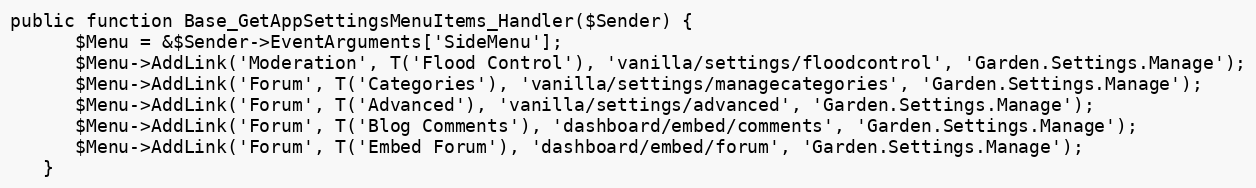
Language: PHP
public function Base_GetAppSettingsMenuItems_Handler($Sender) {
      $Menu = &$Sender->EventArguments['SideMenu'];
      $Menu->AddLink('Moderation', T('Flood Control'), 'vanilla/settings/floodcontrol', 'Garden.Settings.Manage');
      $Menu->AddLink('Forum', T('Categories'), 'vanilla/settings/managecategories', 'Garden.Settings.Manage');
      $Menu->AddLink('Forum', T('Advanced'), 'vanilla/settings/advanced', 'Garden.Settings.Manage');
      $Menu->AddLink('Forum', T('Blog Comments'), 'dashboard/embed/comments', 'Garden.Settings.Manage');
      $Menu->AddLink('Forum', T('Embed Forum'), 'dashboard/embed/forum', 'Garden.Settings.Manage');
   }